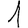
Digit: 1